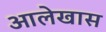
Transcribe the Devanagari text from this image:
आलेखास